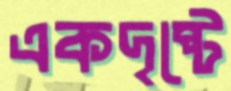
একদৃষ্টে